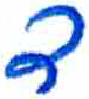
אות: ד